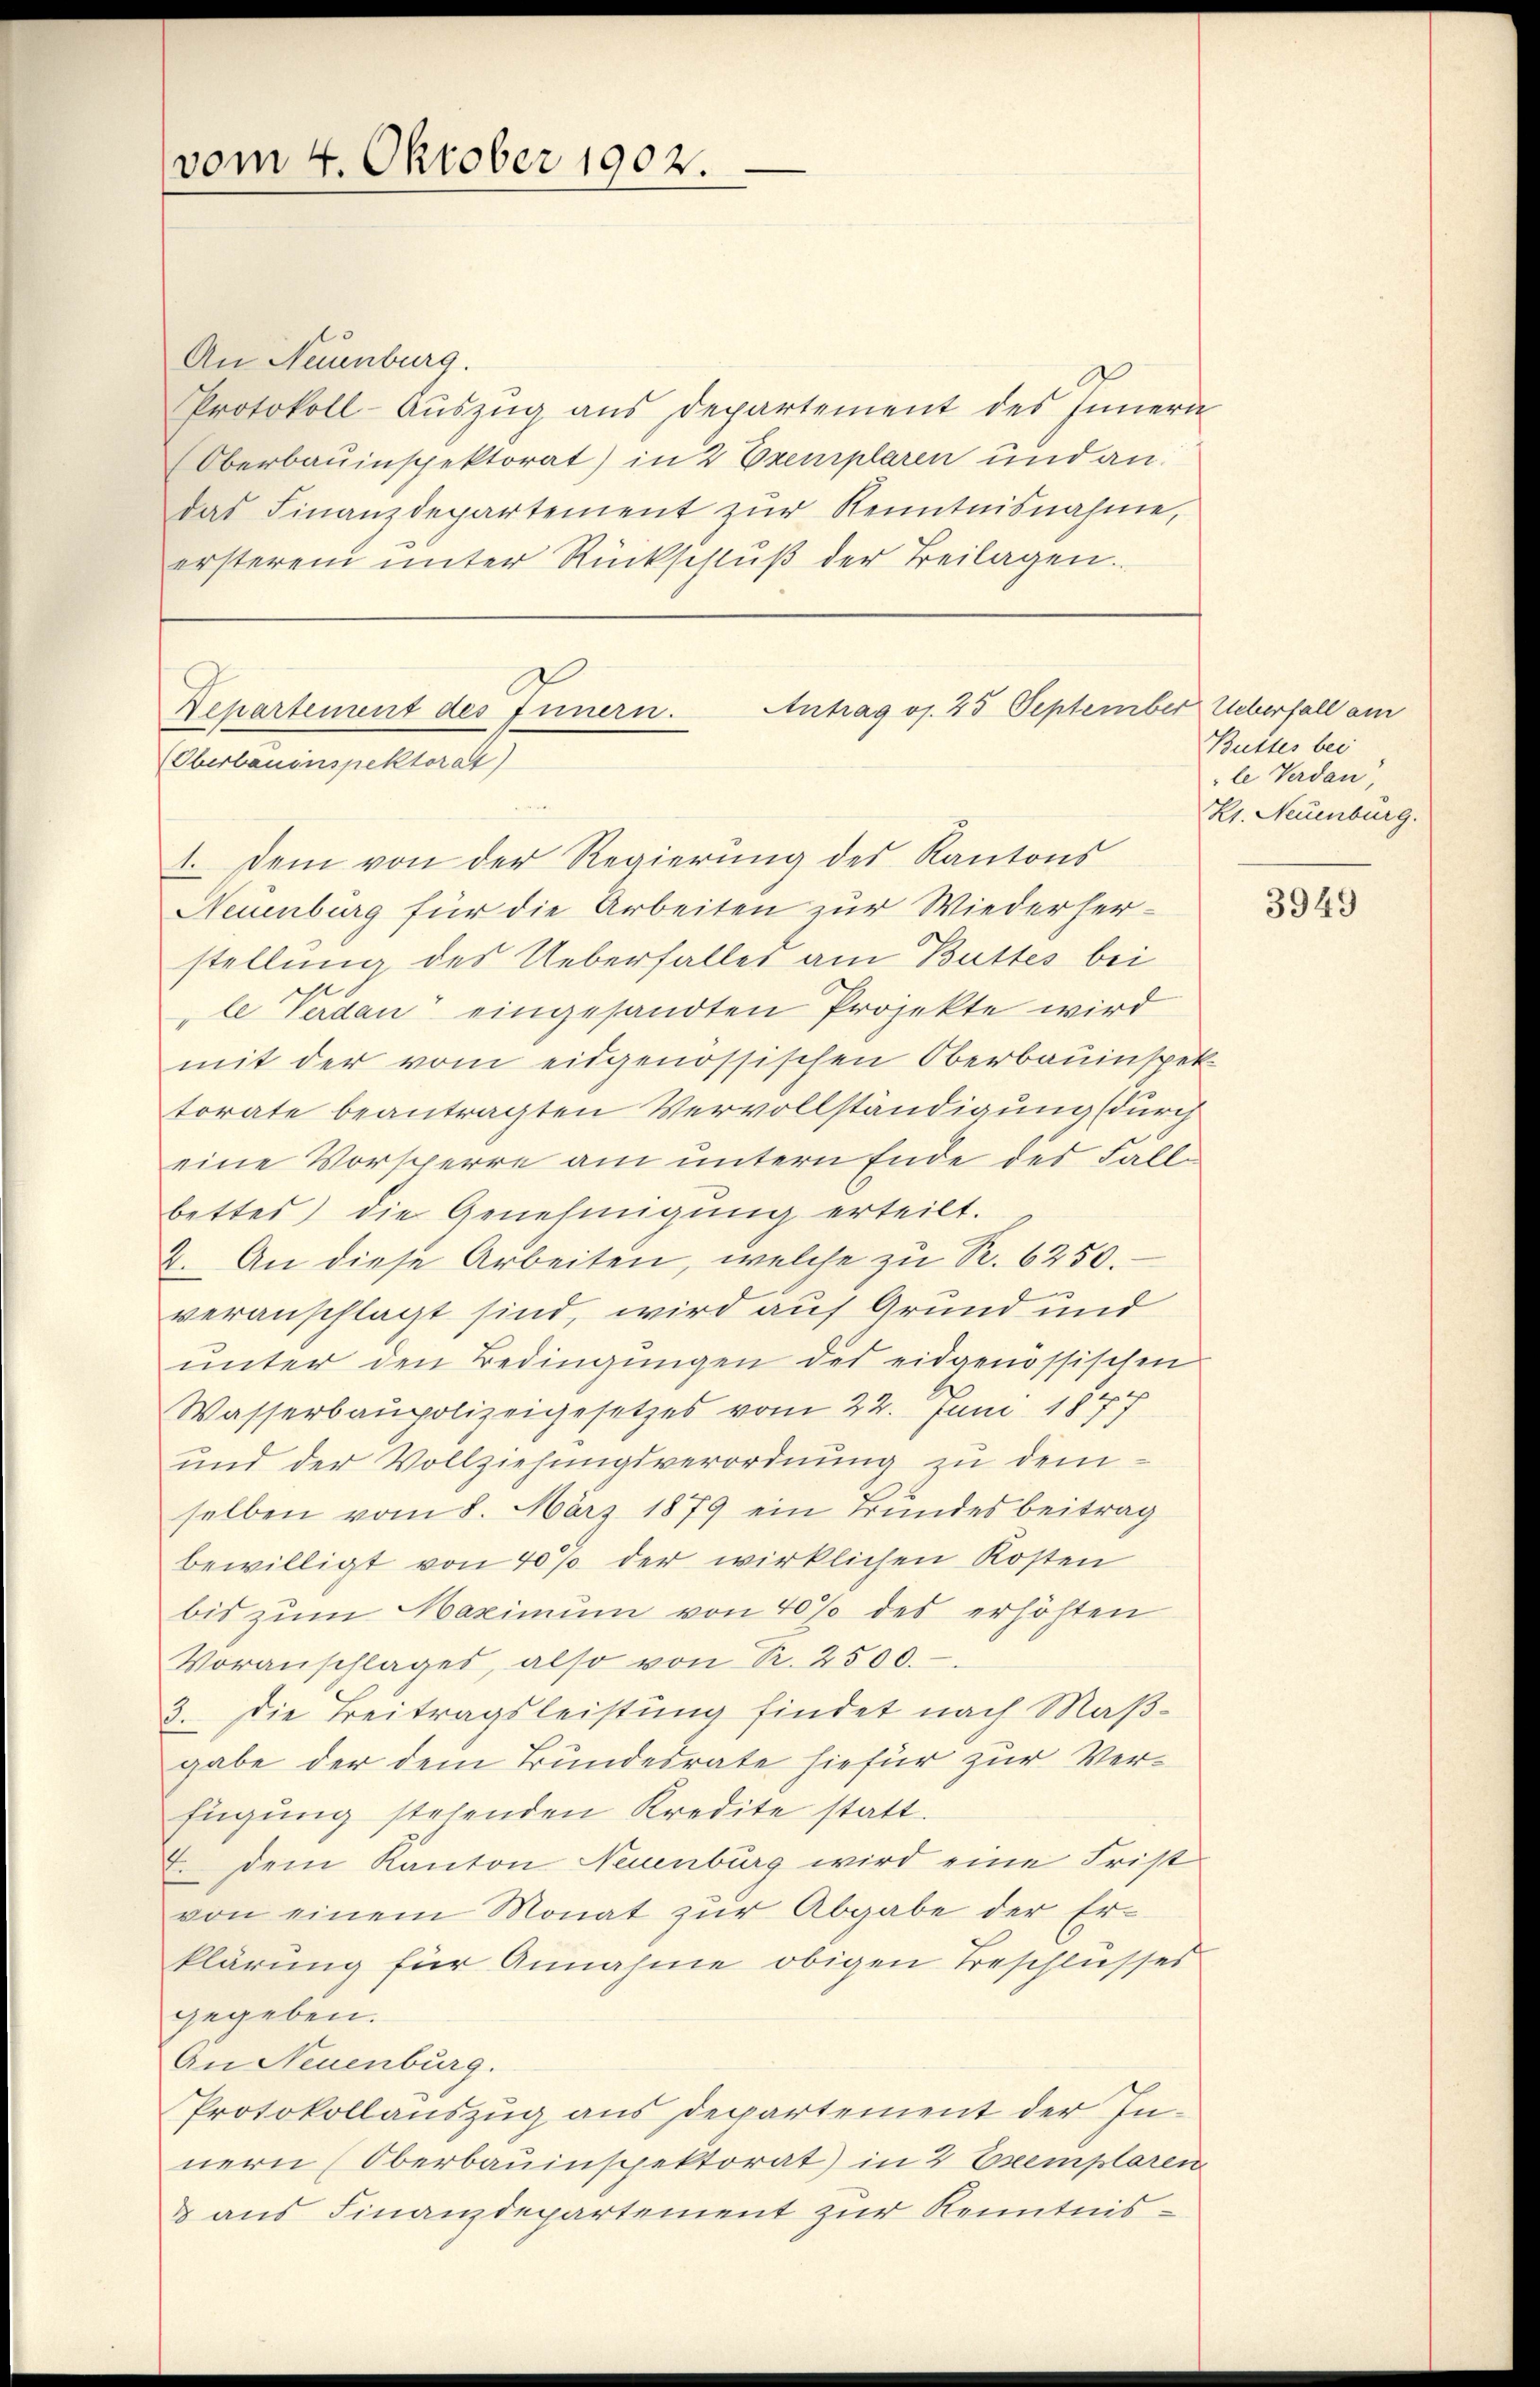
An Neuenburg.
Protokoll-Aŭszŭg ans Departement des Innern
Oberbauinspektorat) in 2 Exemplaren und andas Finanzdepartement zŭr Kenntnisnahme,
ersteren unter Rückschlŭβ der Beilagen.

vom 4. Oktober 1902.

Antrag os. 25 September Ueberfall am
Nepartement des Innern.
Oberbauinspektorat)
1. Dem von der Regierung des Kantons

Neuenburg für die Arbeiten zur Wiederherstellung des Ueberfalles am Buttes bei
le Verdan eingesandten Projekte wird
mit der vom eidgenössischen Oberbauinspek
torate beantragten Vervollständigung (durch
eine Vorsperre am untern Ende des Falle
bettes) die Genehmigung erteilt.
2. An diese Arbeiten, welche zu S. 6250.
veranschlagt sind, wird auf Grund und
ŭnter den Bedingŭngen des eidgenössischen
Wasserbaupolizeigesetzes vom 22. Juni 1877
und der Vollziehungsverordnung zu demselben vom 8. März 1879 ein Bundesbeitrag
bewilligt von 40% der wirklichen Kosten
bis zum Maximum von 40% des erhöhten
Voranschlages, also von Sr. 2500.
3. Die Treitragsleistung findet nach Maßgabe der dem Bundesrate hiefür zur Verfügŭng stehenden Kredite statt.
. dem Kanton Neuenburg wird eine Frist
von einem Monat zŭr Abgabe der Er-
klärung für Annahme obigen Beschlusses
gegeben.
An Neuenburg.
Protokollauszug aus Departement der Innern (Oberbauinspektorat in 2 Exemplaren
& aus Finanzdepartement zur Kenntnis¬

Butter bei
le Verdan,
Kt. Neuenburg.

3949